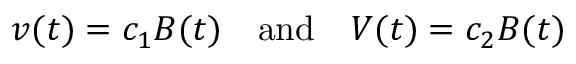
v ( t ) = c _ { 1 } B ( t ) \quad \mathrm { a n d } \quad V ( t ) = c _ { 2 } B ( t )